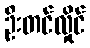
ဦးတင်လှိုင်